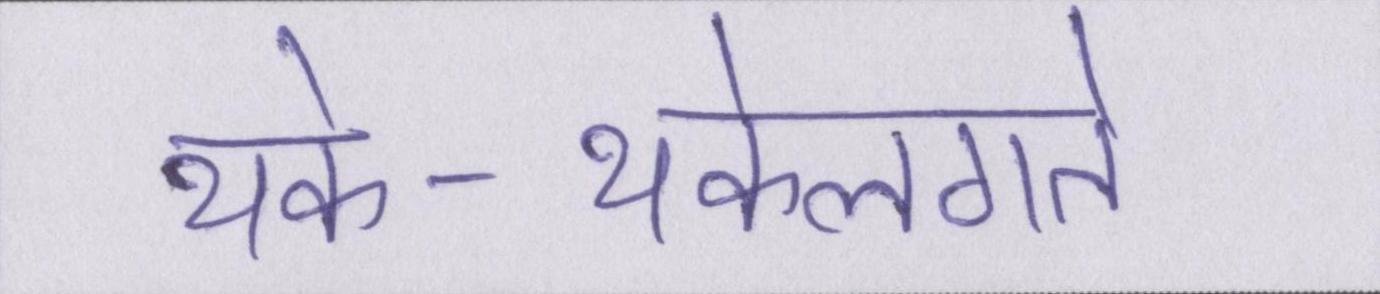
थके-थकेलगते